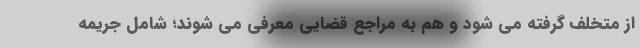
از متخلف گرفته می شود و هم به مراجع قضایی معرفی می شوند؛ شامل جریمه